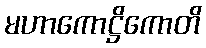
မဟာကောဋ္ဌိကောတိ